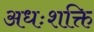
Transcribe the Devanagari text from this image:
अधःशक्ति